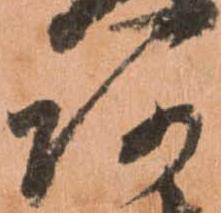
阿